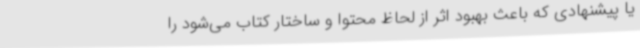
یا پیشنهادی که باعث بهبود اثر از لحاظ محتوا و ساختار کتاب می‌شود را